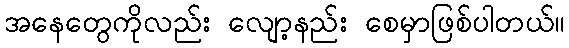
အနေတွေကိုလည်း လျော့နည်း စေမှာဖြစ်ပါတယ်။